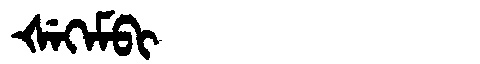
Manchu: ᡧᡝᡴᡝᠮᠪᡳ
Romanization: ŠEKEMBI